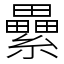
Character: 纍